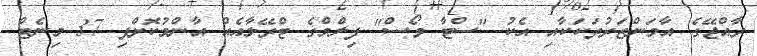
ރާއްޖޭގެ އާމަންޒަރުތަކަކާއި އެކު "ސްޓާ ވޯސް" ފިލްމްގެ ޓްރޭލާއެއް އާންމުކޮށްފި 37 މިނެޓް